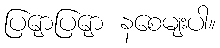
ပြျောပြျော နစေမျးပါ။